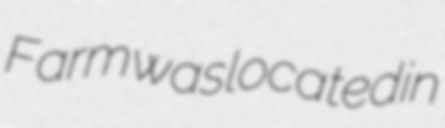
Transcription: Farm was located in